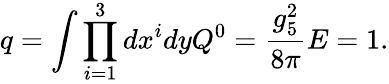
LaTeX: q=\int\prod_{i=1}^{3}dx^{i}dyQ^{0}=\frac{g_{5}^{2}}{8\pi}E=1.